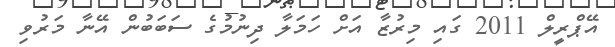
އޭޕްރީލް 2011 ގައި މިރުޒާ އަށް ހަމަލާ ދިނުމުގެ ސަބަބުން އޭނާ މަރުވި